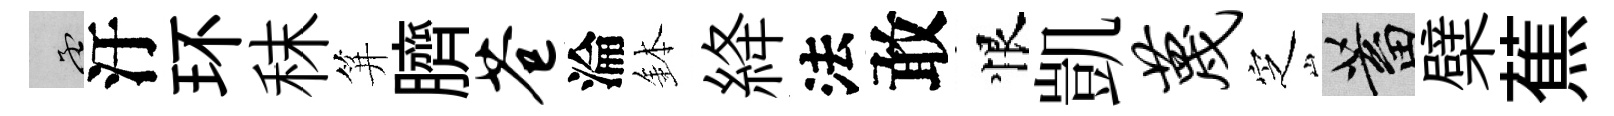
孟汙环秣笄臍苍淪鉢絳法敢恨凱蔑㝎蓄檗蕉